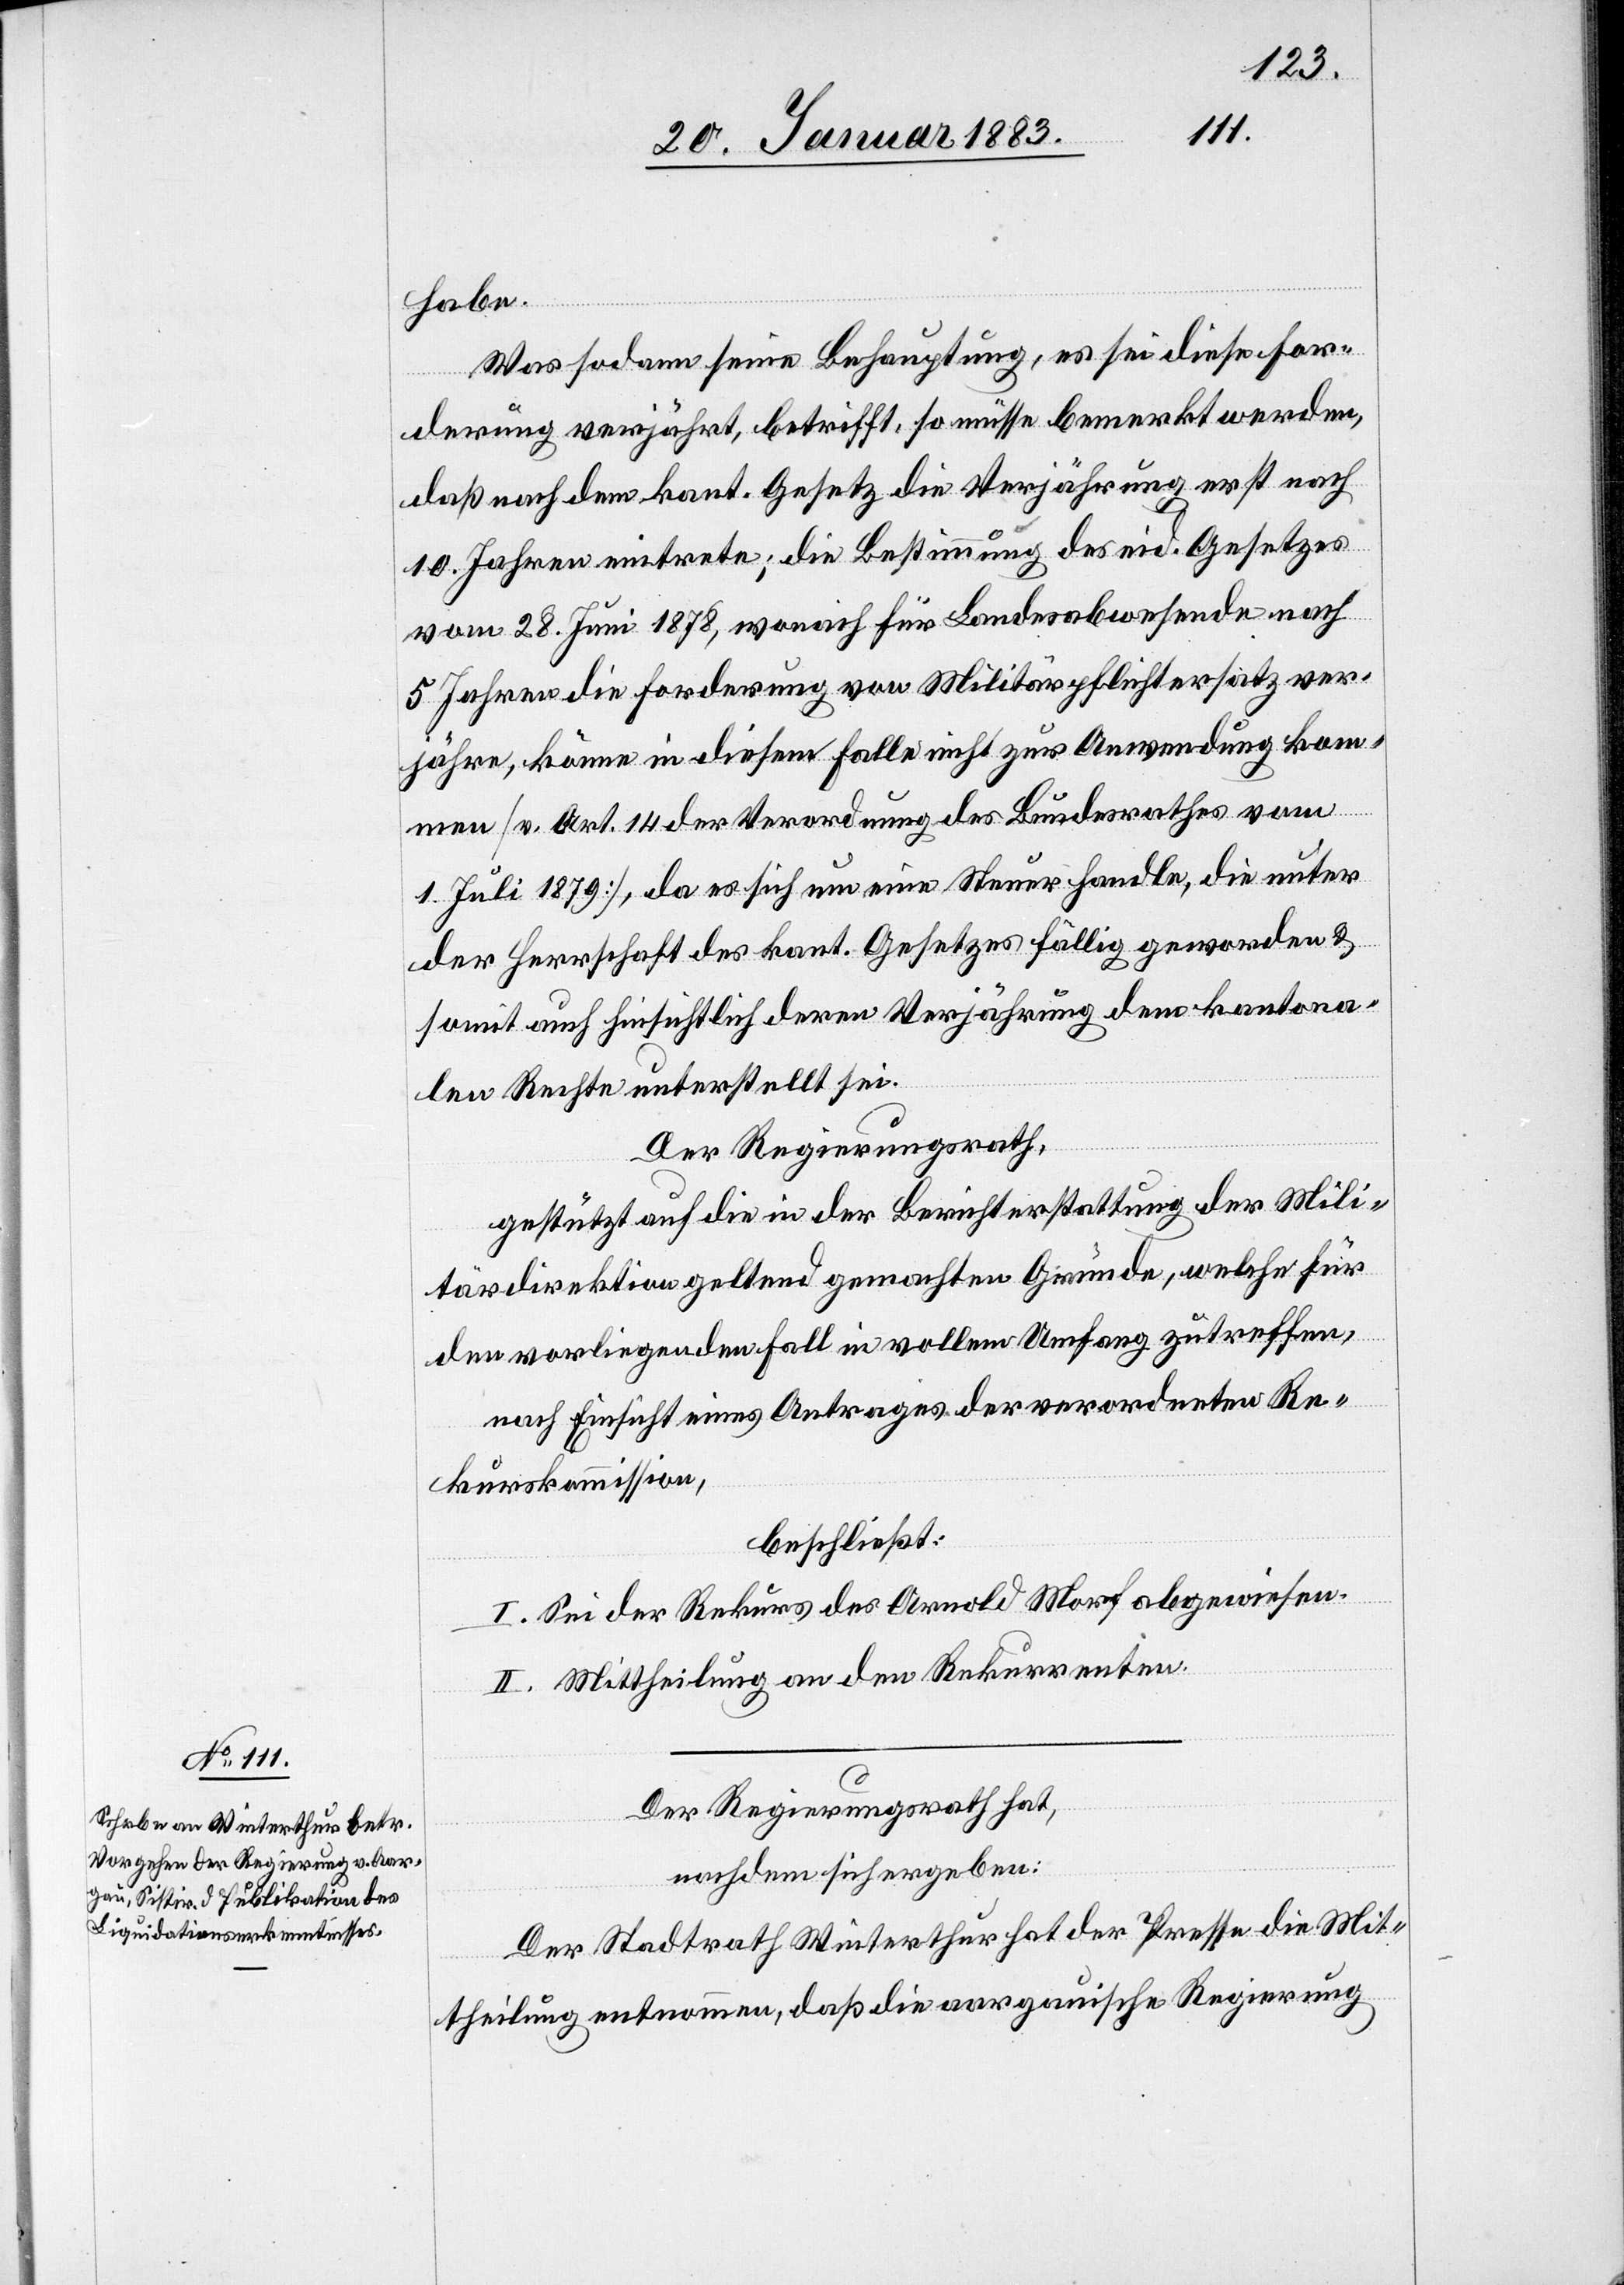
habe.
Was sodann seine Behauptung, es sei diese For¬
derung verjährt, betrifft, so müsse bemerkt werden,
daß nach dem kant. Gesetz die Verjährung erst nach
10. Jahren eintrete; die Bestimmung des eid. Gesetzes
vom 28. Juni 1878, wonach für Landesabwesende nach
5 Jahren die Forderung von Militärpflichtersatz ver¬
jähre, könne in diesem Falle nicht zur Anwendung kom¬
men [v. Art. 14 der Verordnung des Bundesrathes vom
1. Juli 1879], da es sich um eine Steuer handle, die unter
der Herrschaft des kant. Gesetzes fällig geworden &
somit auch hinsichtlich der Verjährung dem kantona¬
len Rechte unterstellt sei.
Der Regierungsrath,
gestützt auf die in der Berichterstattung der Mili¬
tärdirektion geltend gemachten Gründe, welche für
den vorliegenden Fall in vollem Umfang zutreffen,
nach Einsicht eines Antrages der verordneten Re¬
kurskommission,
beschließt:
I. Sei der Rekurs des Arnold Morf abgewiesen.
II. Mittheilung an den Rekurrenten.
Der Regierungsrath hat,
nachdem sich ergeben:
Der Stadtrath Winterthur hat der Presse die Mit¬
theilung entnommen, daß die aargauische Regierung